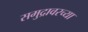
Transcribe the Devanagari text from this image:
समुद्रावरच्या